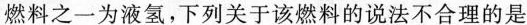
燃料之一为液氢，下列关于该燃料的说法不合理的是